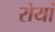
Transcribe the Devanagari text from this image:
रोयां